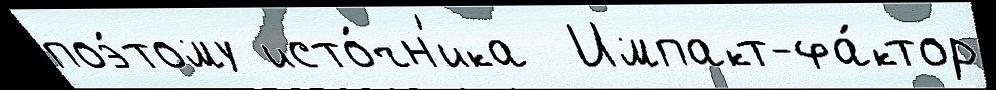
поэ́тому исто́чн'ика  Импакт-фа́ктор